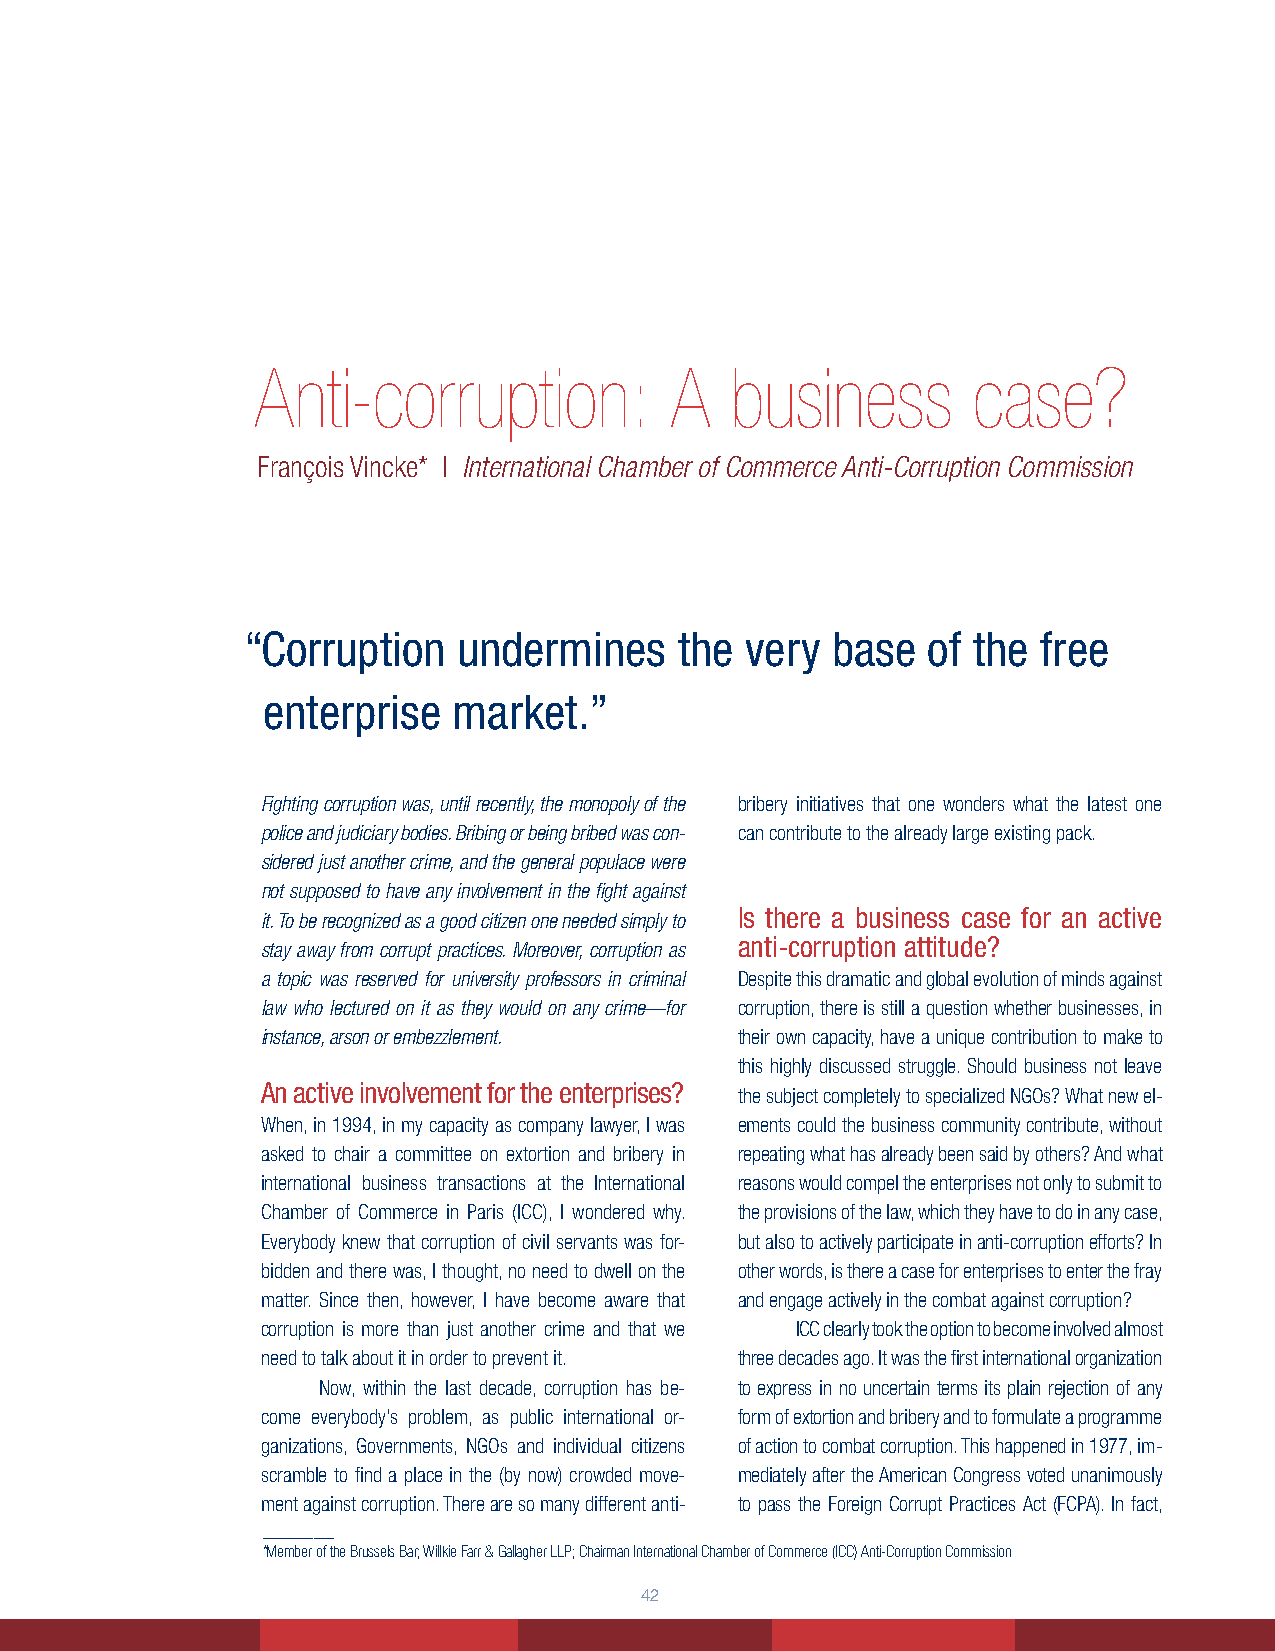
Anti-corruption:           A   business        case?
 François Vincke* | International Chamber of Commerce Anti-Corruption Commission
 “ Corruption  undermines     the very  base  of the  free
 enterprise   market.”
 Fighting corruption was, until recently, the monopoly of the bribery initiatives that one wonders what the latest one
 police and judiciary bodies. Bribing or being bribed was con- can contribute to the already large existing pack.
 sidered just another crime, and the general populace were
 not supposed to have any involvement in the fight against
 Is there a business case for an active
 it. To be recognized as a good citizen one needed simply to
 anti-corruption attitude?
 stay away from corrupt practices. Moreover, corruption as
 a topic was reserved for university professors in criminal Despite this dramatic and global evolution of minds against
 law who lectured on it as they would on any crime—for corruption, there is still a question whether businesses, in
 instance, arson or embezzlement. their own capacity, have a unique contribution to make to
 this highly discussed struggle. Should business not leave
 An active involvement for the enterprises?
 the subject completely to specialized NGOs? What new el-
 When, in 1994, in my capacity as company lawyer, I was ements could the business community contribute, without
 asked to chair a committee on extortion and bribery in repeating what has already been said by others? And what
 international business transactions at the International reasons would compel the enterprises not only to submit to
 Chamber of Commerce in Paris (ICC), I wondered why. the provisions of the law, which they have to do in any case,
 Everybody knew that corruption of civil servants was for- but also to actively participate in anti-corruption efforts? In
 bidden and there was, I thought, no need to dwell on the other words, is there a case for enterprises to enter the fray
 matter. Since then, however, I have become aware that and engage actively in the combat against corruption?
 corruption is more than just another crime and that we ICC clearly took the option to become involved almost
 need to talk about it in order to prevent it. three decades ago. It was the first international organization
 Now, within the last decade, corruption has be- to express in no uncertain terms its plain rejection of any
 come everybody’s problem, as public international or- form of extortion and bribery and to formulate a programme
 ganizations, Governments, NGOs and individual citizens of action to combat corruption. This happened in 1977, im-
 scramble to find a place in the (by now) crowded move- mediately after the American Congress voted unanimously
 ment against corruption. There are so many different anti- to pass the Foreign Corrupt Practices Act (FCPA). In fact,
 _______
 *Member of the Brussels Bar; Willkie Farr & Gallagher LLP; Chairman International Chamber of Commerce (ICC) Anti-Corruption Commission
 42